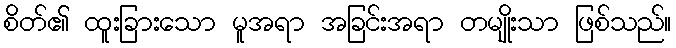
စိတ်၏ ထူးခြားသော မူအရာ အခြင်းအရာ တမျိုးသာ ဖြစ်သည်။